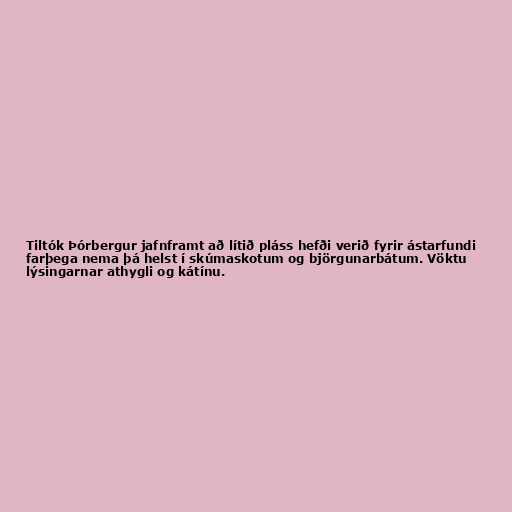
Tiltók Þórbergur jafnframt að lítið pláss hefði verið fyrir ástarfundi
farþega nema þá helst í skúmaskotum og björgunarbátum. Vöktu
lýsingarnar athygli og kátínu.